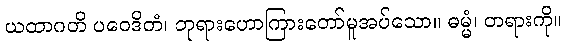
ယထာဂတိ ပဝေဒိတံ၊ ဘုရားဟောကြားတော်မူအပ်သော။ ဓမ္မံ၊ တရားကို။